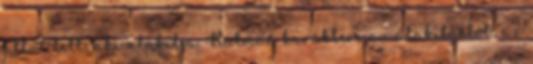
által lett, aki alakítja. Batman karaktere az alakítástól, az